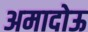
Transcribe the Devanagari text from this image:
अमादोऊ